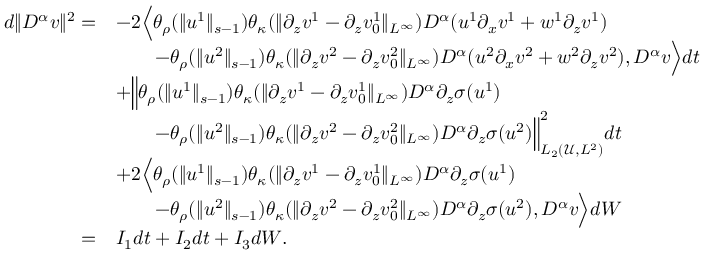
\begin{array} { r l } { d \| D ^ { \alpha } v \| ^ { 2 } = } & { - 2 \Big \langle \theta _ { \rho } ( \| u ^ { 1 } \| _ { s - 1 } ) \theta _ { \kappa } ( \| \partial _ { z } v ^ { 1 } - \partial _ { z } v _ { 0 } ^ { 1 } \| _ { L ^ { \infty } } ) D ^ { \alpha } ( u ^ { 1 } \partial _ { x } v ^ { 1 } + w ^ { 1 } \partial _ { z } v ^ { 1 } ) } \\ & { \qquad - \theta _ { \rho } ( \| u ^ { 2 } \| _ { s - 1 } ) \theta _ { \kappa } ( \| \partial _ { z } v ^ { 2 } - \partial _ { z } v _ { 0 } ^ { 2 } \| _ { L ^ { \infty } } ) D ^ { \alpha } ( u ^ { 2 } \partial _ { x } v ^ { 2 } + w ^ { 2 } \partial _ { z } v ^ { 2 } ) , D ^ { \alpha } v \Big \rangle d t } \\ & { + \Big \| \theta _ { \rho } ( \| u ^ { 1 } \| _ { s - 1 } ) \theta _ { \kappa } ( \| \partial _ { z } v ^ { 1 } - \partial _ { z } v _ { 0 } ^ { 1 } \| _ { L ^ { \infty } } ) D ^ { \alpha } \partial _ { z } \sigma ( u ^ { 1 } ) } \\ & { \qquad - \theta _ { \rho } ( \| u ^ { 2 } \| _ { s - 1 } ) \theta _ { \kappa } ( \| \partial _ { z } v ^ { 2 } - \partial _ { z } v _ { 0 } ^ { 2 } \| _ { L ^ { \infty } } ) D ^ { \alpha } \partial _ { z } \sigma ( u ^ { 2 } ) \Big \| _ { L _ { 2 } ( \mathscr U , L ^ { 2 } ) } ^ { 2 } d t } \\ & { + 2 \Big \langle \theta _ { \rho } ( \| u ^ { 1 } \| _ { s - 1 } ) \theta _ { \kappa } ( \| \partial _ { z } v ^ { 1 } - \partial _ { z } v _ { 0 } ^ { 1 } \| _ { L ^ { \infty } } ) D ^ { \alpha } \partial _ { z } \sigma ( u ^ { 1 } ) } \\ & { \qquad - \theta _ { \rho } ( \| u ^ { 2 } \| _ { s - 1 } ) \theta _ { \kappa } ( \| \partial _ { z } v ^ { 2 } - \partial _ { z } v _ { 0 } ^ { 2 } \| _ { L ^ { \infty } } ) D ^ { \alpha } \partial _ { z } \sigma ( u ^ { 2 } ) , D ^ { \alpha } v \Big \rangle d W } \\ { = } & { I _ { 1 } d t + I _ { 2 } d t + I _ { 3 } d W . } \end{array}